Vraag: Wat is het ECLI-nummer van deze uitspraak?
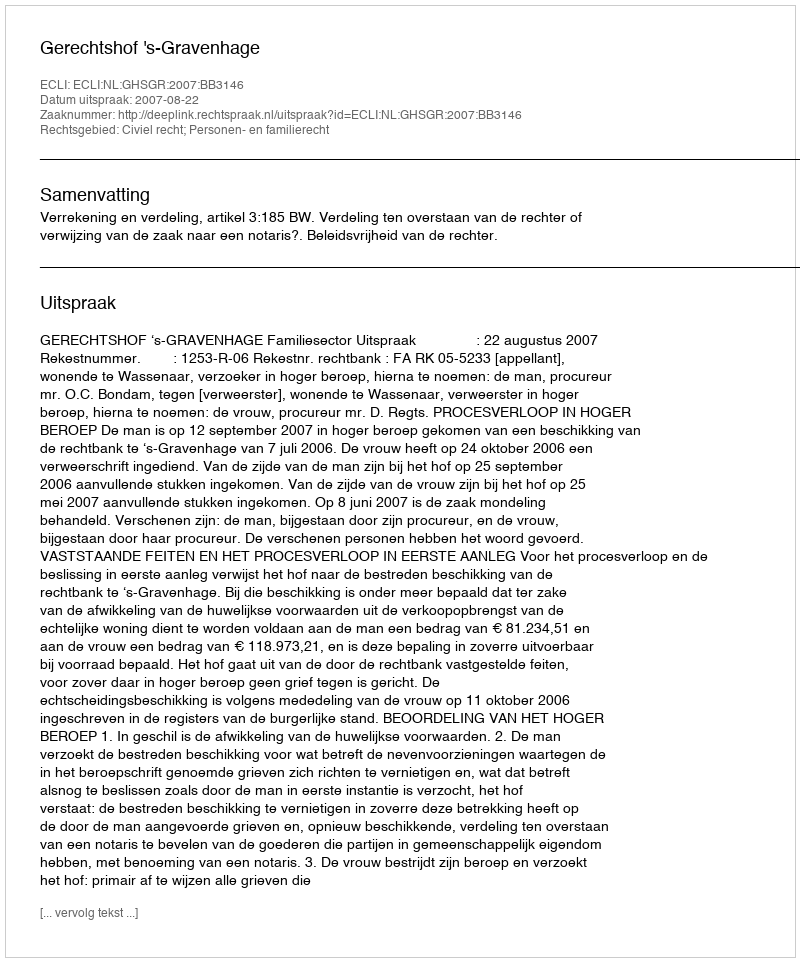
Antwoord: ECLI:NL:GHSGR:2007:BB3146